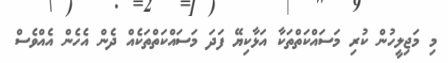
މި މަޖިލީހުން ކުރި މަސައްކަތްތަކާ އަޅާކިޔޭ ފަދަ މަސައްކަތްތަކެއް ދެން އެހެން އެއްވެސް